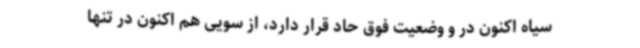
سیاه اکنون در و وضعیت فوق حاد قرار دارد، از سویی هم اکنون در تنها